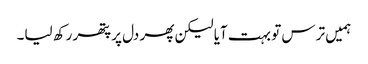
ہمیں ترس تو بہت آیا لیکن پھر دل پر پتھر رکھ لیا۔